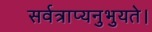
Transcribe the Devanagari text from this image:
सर्वत्राप्यनुभुयते।